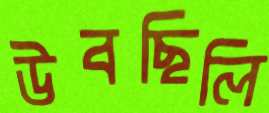
উবছিলি